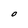
Character: O